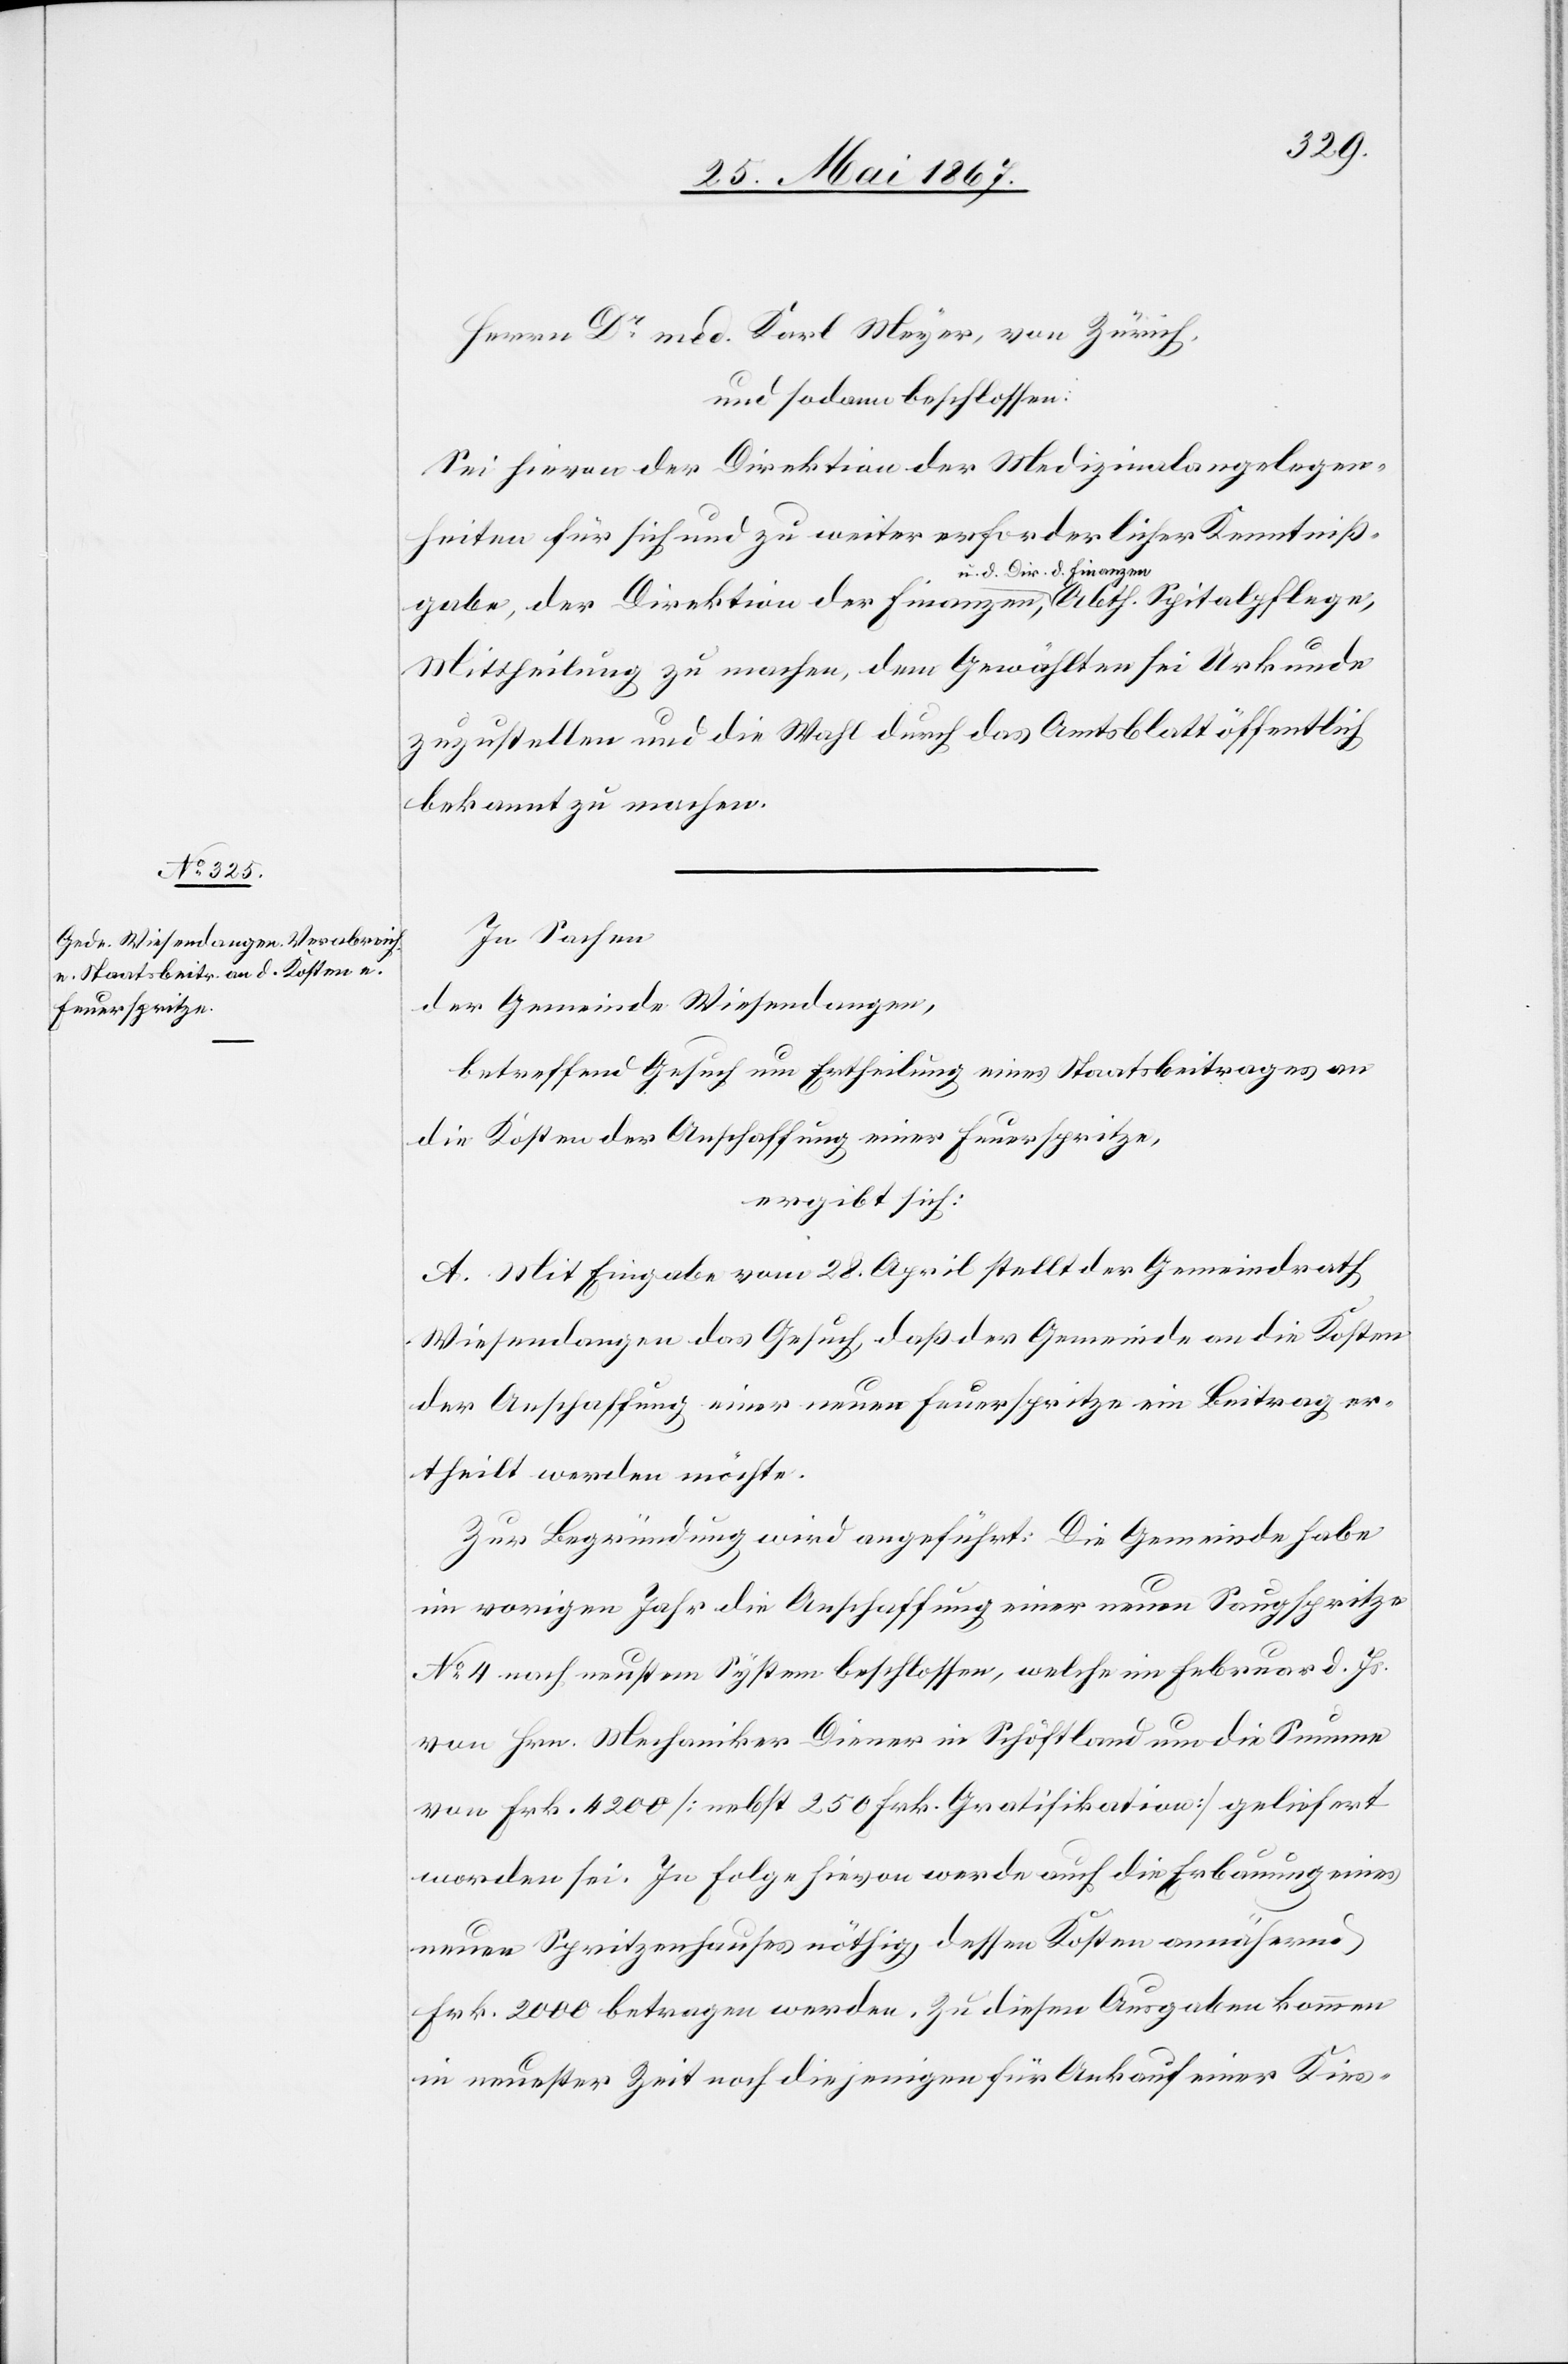
Herrn Dr. med. Karl Meyer, von Zürich,
und sodann beschlossen:
Sei hievon der Direktion der Medizinalangelegen¬
heiten für sich und zu weiter erforderlicher Kenntniß¬
gabe, der Direktion der Finanzen, u. d. Dir. d. Finanzen
Mittheilung zu machen, dem Gewählten sei Urkunde
zuzustellen und die Wahl durch das Amtsblatt öffentlich
bekannt zu machen.
In Sachen,
der Gemeinde Wiesendangen,
betreffend Gesuch um Ertheilung eines Staatsbeitrages an
die Kosten der Anschaffung einer Feuerspritze,
ergibt sich:
A. Mit Eingabe vom 28. April stellt der Gemeindrath
Wiesendangen das Gesuch, daß der Gemeinde an die Kosten
der Anschaffung einer neuen Feuerspritze ein Beitrag er¬
theilt werden möchte.
Zur Begründung wird angeführt: Die Gemeinde habe
im vorigen Jahr die Anschaffung einer neuen Saugspritze
No. 4 nach neustem System beschlossen, welche im Februar d. Js.
von Hrn. Mechaniker Diener in Schöftland um die Summe
von Frk. 4200 [nebst 250 Frk. Gratifikation] geliefert
worden sei. In Folge hievon werde auch die Erbauung eines
neuen Spritzenhauses nöthig, dessen Kosten annähernes
Frk. 2000 betragen werden. Zu diesen Ausgaben kommen
in neuester Zeit noch diejenigen für Ankauf einer Kies-